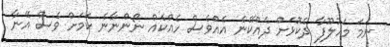
ނަމަ މަހުލޫފާ ދެކޮޅަށް ދެއްކޭނެ އެއްވެސް ހެއްކެއް ނޯންނާނެ ކަމަށް ވެސް އޭނާ